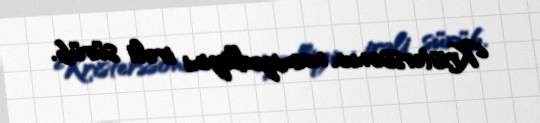
Kristerssonun namizədliyini irəli sürüb.